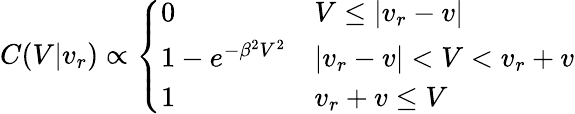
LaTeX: C(V|v_{r})\propto\left\{ \begin{array}{ll}{0}&{V\leq|v_{r}-v|}\\ {1-e^{-\beta^{2}V^{2}}}&{|v_{r}-v|<V<v_{r}+v}\\ {1}&{v_{r}+v\leq V}\end{array}\right.